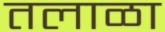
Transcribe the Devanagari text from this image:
तलाळा